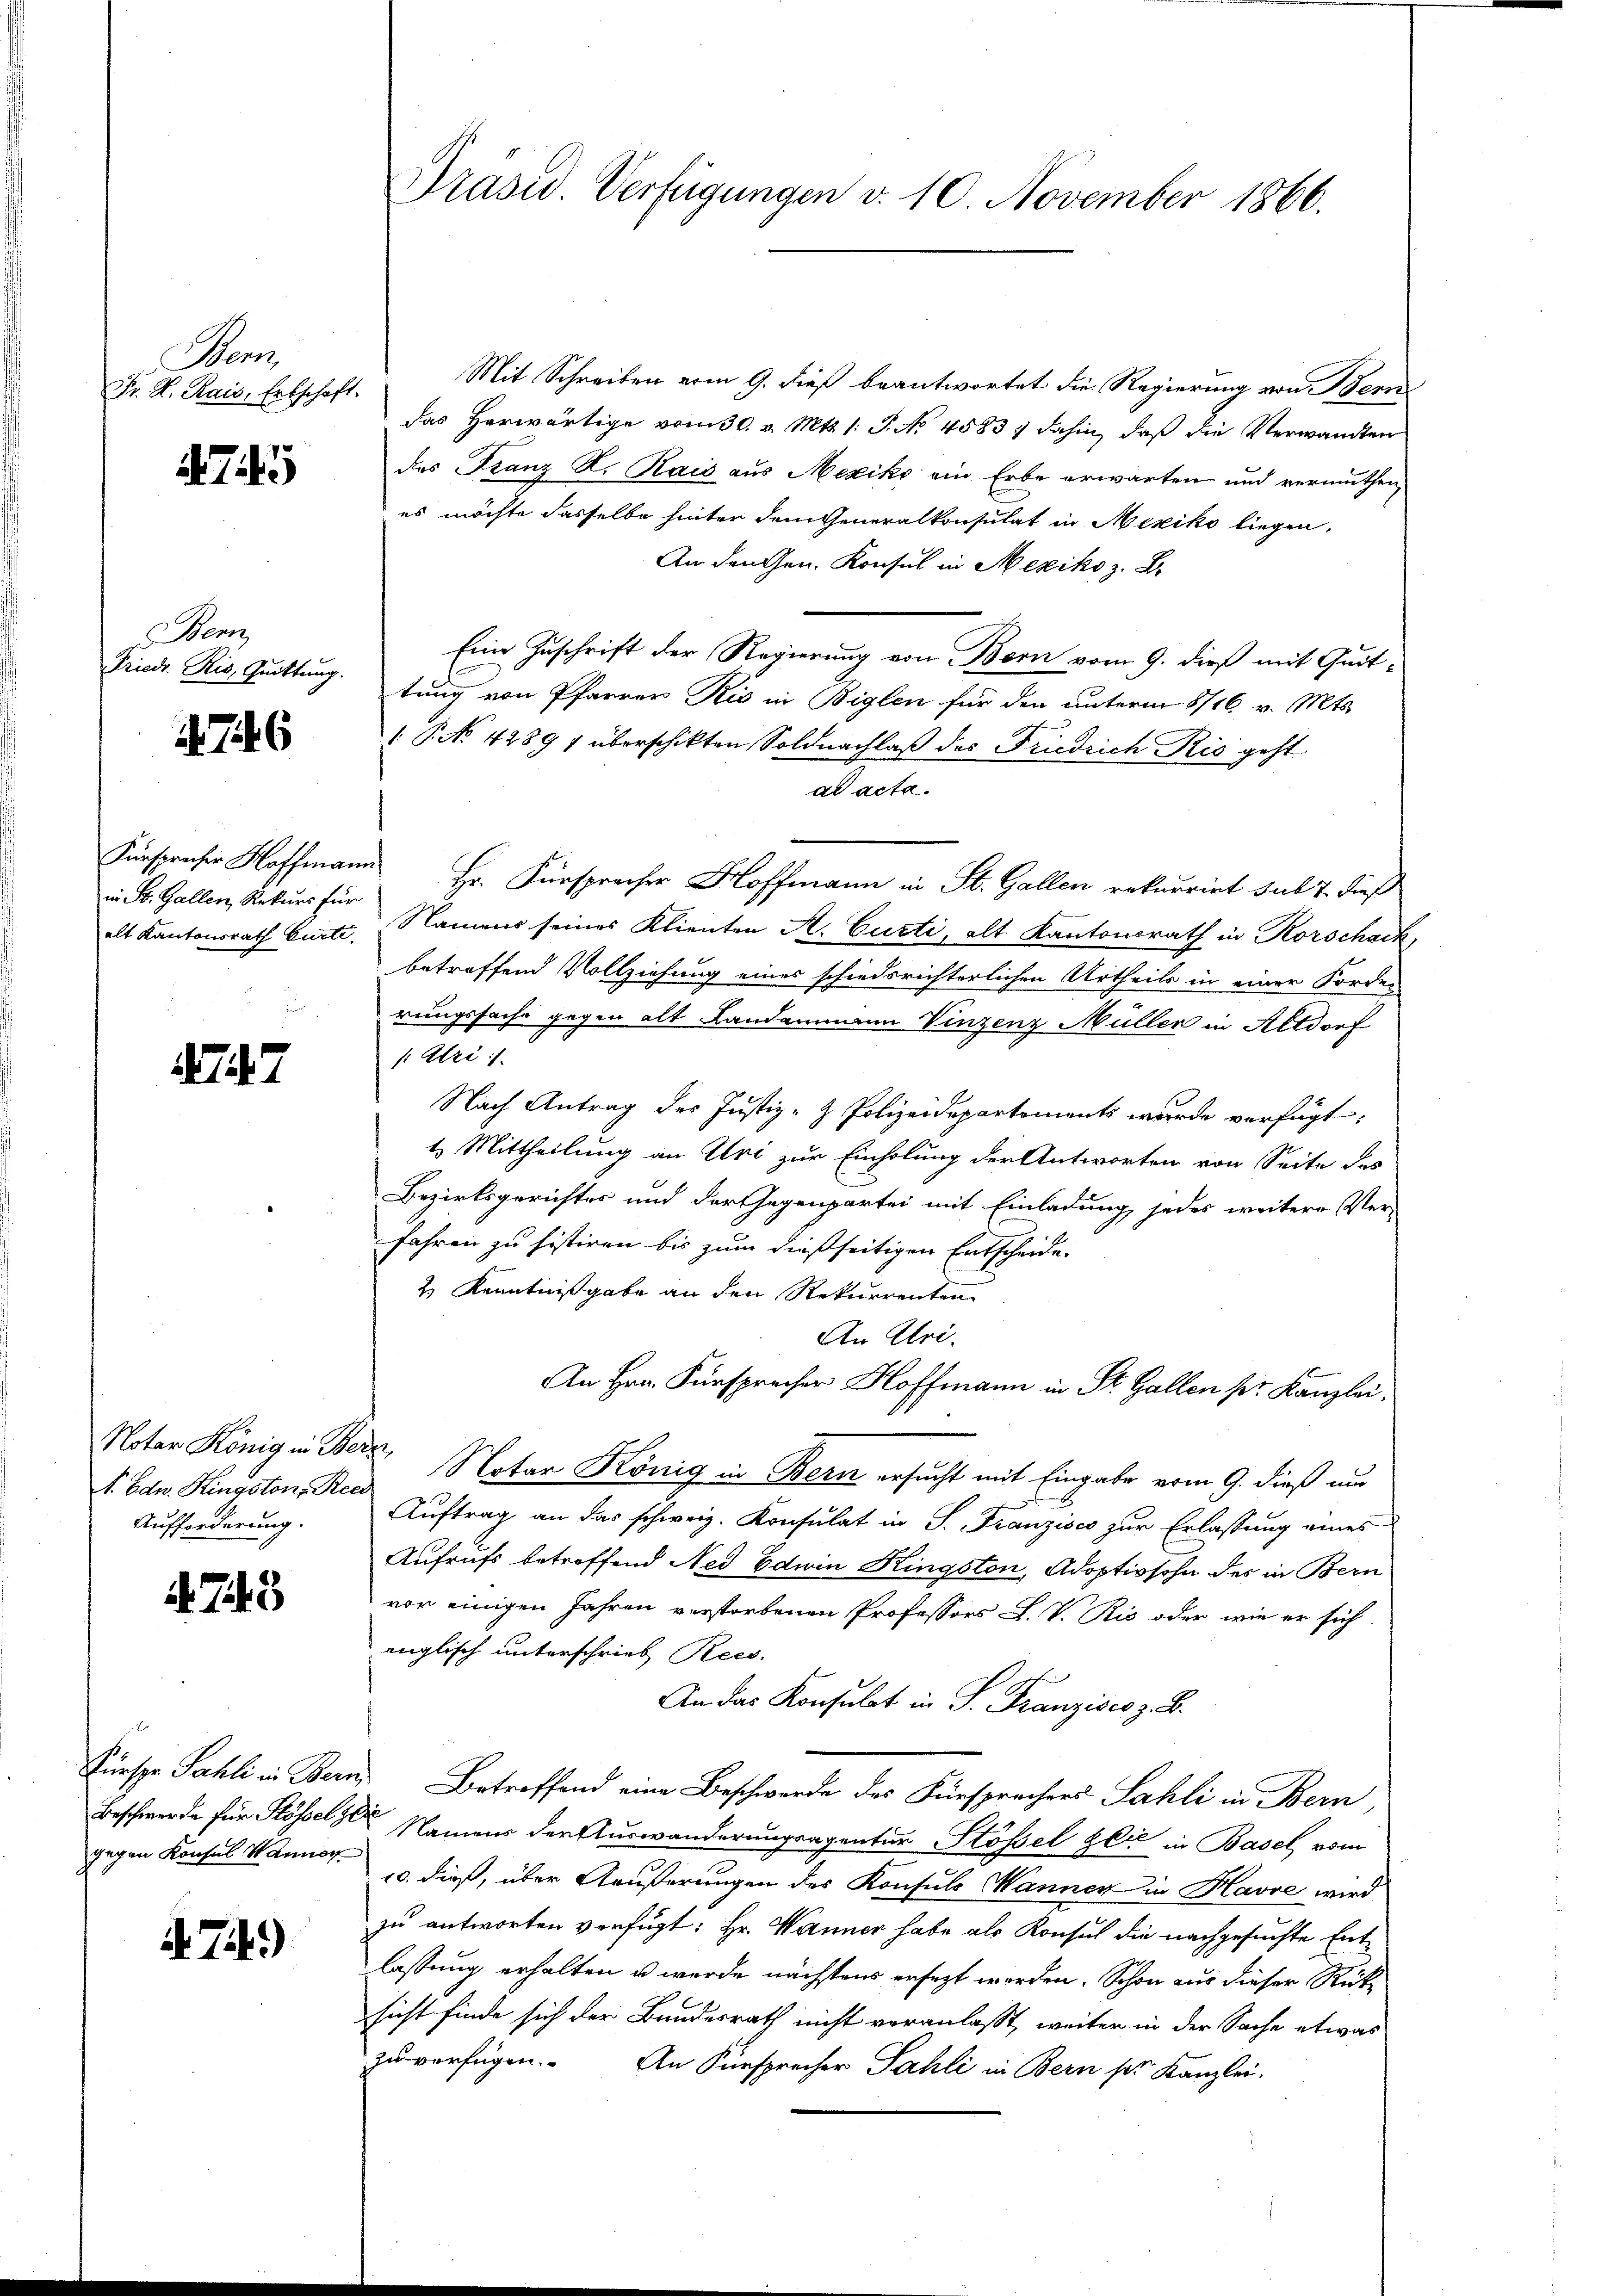
Bem,
Fr. K. Rais, Erbschaft.

75

Bern
Friedr. Ris, Quittung.

6

in St. Gallen, Rekurs für

47

S. Edw. Kingston, Rec
Aufforderung.

743

gegen Konsul Wanner

A. 74.)

Mit Schreiben vom 9. dieß beantwortet die Regierung von Bern
das Herwärtige vom 30. v. Mts. 1. P. No 4583, dahin, daß die Verwandten
des Franz K. Rais aus Mexiko ein Erbe erwarten und vermuthen,
es möchte dasselbe hinter dem Generalkonsulat in Mexiko liegen.
An Fruchen. Konsul in Mexiko z. B.
Eine Zuschrift der Regierung von Bern vom 9. dieß mit Quittung von Pfarrer Rio in Biglen für den unterm 8/16 v. Mts.
P No. 4289 1 überschikten Soldnachlaß des Friedrich Ris geht
d acta.
Fürspracher Hoffmann Hr. Fürsprecher Hoffmann in St. Gallen rekurrirt sul 7. dieß
alt Kantonsrath Gurte. Namens seines Klienten A. Curti, alt Kantonsrath in Korscharf,
betreffend Vollziehung eines schiedsrichterlichen Urtheils in einer Forde-
rungssache gegen alt Landammann Vinzenz Müller in Altdorf
1: Uri :/
Nach Antrag des Justiz- & Polizeidepartements wurde verfügt:
t. Mittheilung an Uri zur Einholung der Antworten von Seite des
Bezirksgerichtes und der Gegenpartei mit Einladung jedes weitere Ver-
fahren zu sistiren bis zum dießseitigen Entscheide.
2) Kenntnißgabe an den Rekurrenten
An Uri.
An Hrn. Fürspracher Hoffmann in St. Gallen pr. Kanzlei,
Noter König in Bern Notar König in Bern ersucht mit Eingabe vom 9. dieß um
Aŭftrag an das schweiz. Konsulat in S. Franzisco zur Erlassung eines
Aufrufs betreffend Ned Edwin Kingston, Adoptivsohn des in Bern
vor einigen Jahren verstorbenen Professors H. V. Rio oder wie er sich
englisch unterschrieb Recs.
An das Konsulat in S. Franzisco z. B.
Fürspr. Sahli in Bern Betreffend eine Beschwerde des Fürsprechers Sahli in Bern,
Beschwerde für Rossel der Namens der Auswanderungsagentur Stössel Glić in Basel vom
10. dieß, über Aeußerungen des Konsuls Wanner in Havre wird
zu antworten verfügt: Hr. Wanner habe als Konsul die nachgesuchte Entlassung erhalten u wurde nächstens ersezt worden. Schon aus dieser Rücksicht finde sich der Bundesrath nicht veranlaßt, weiter in der Sache etwas
zu verfügen. An Fürsprecher Sahli in Bern ser Kanzlei.

Präsid. Verfügungen v. 10. November 1866.